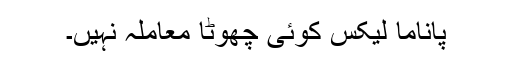
پاناما لیکس کوئی چھوٹا معاملہ نہیں۔